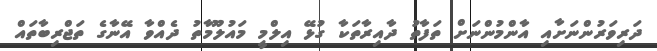
ދަރިވަރުންނަށާއި އާންމުންނަށް ތަފާތު ދާއިރާތަކާ ގުޅޭ އިލްމީ މައުލޫމާތު ދެއްވާ އޭނާގެ ތަޖްރިބާތައް